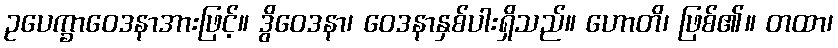
ဥပေက္ခာဝေဒနာအားဖြင့်။ ဒွိဝေဒနာ၊ ဝေဒနာနှစ်ပါးရှိသည်။ ဟောတိ၊ ဖြစ်၏။ တထာ၊